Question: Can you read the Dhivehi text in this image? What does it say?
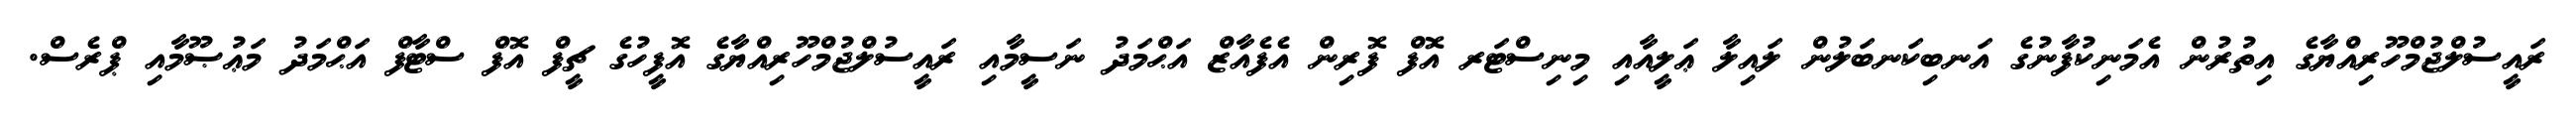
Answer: ރައީސުލްޖުމްހޫރިއްޔާގެ އިތުރުން އެމަނިކުފާނުގެ އަނބިކަނބަލުން ލައިލާ ޢަލީއާއި މިނިސްޓަރ އޮފް ފޮރިން އެފެއާޒް އަޙްމަދު ނަސީމާއި ރައީސުލްޖުމްހޫރިއްޔާގެ އޮފީހުގެ ޗީފް އޮފް ސްޓާފް އަޙްމަދު މަޢުޞޫމާއި ޕްރެސް.